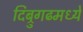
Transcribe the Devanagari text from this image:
दिब्रुगढमध्ये